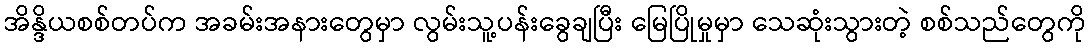
အိန္ဒိယစစ်တပ်က အခမ်းအနားတွေမှာ လွမ်းသူ့ပန်းခွေချပြီး မြေပြိုမှုမှာ သေဆုံးသွားတဲ့ စစ်သည်တွေကို